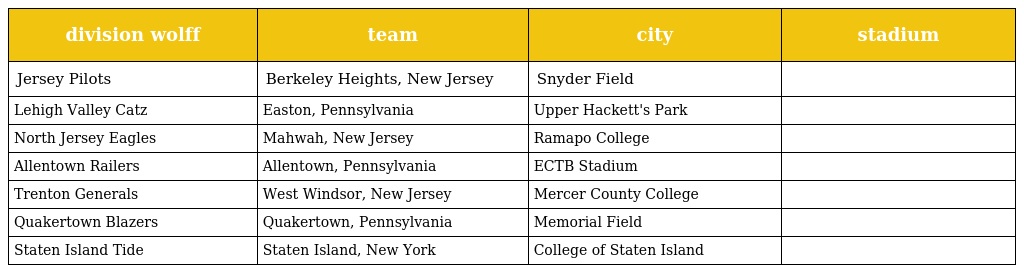
| division wolff | team | city | stadium |
 | --- | --- | --- | --- |
 | Jersey Pilots | Berkeley Heights, New Jersey | Snyder Field |  |
 | Lehigh Valley Catz | Easton, Pennsylvania | Upper Hackett's Park |  |
 | North Jersey Eagles | Mahwah, New Jersey | Ramapo College |  |
 | Allentown Railers | Allentown, Pennsylvania | ECTB Stadium |  |
 | Trenton Generals | West Windsor, New Jersey | Mercer County College |  |
 | Quakertown Blazers | Quakertown, Pennsylvania | Memorial Field |  |
 | Staten Island Tide | Staten Island, New York | College of Staten Island |  |